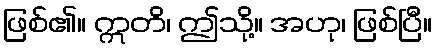
ဖြစ်၏။ ဣတိ၊ ဤသို့။ အဟု၊ ဖြစ်ပြီ။